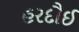
હરદૌઈ